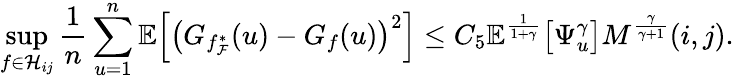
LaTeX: \operatorname*{sup}_{f\in\mathcal{H}_{ij}}\frac{1}{n}\sum_{u=1}^{n}\mathbb{E}\Big[\big(G_{f_{\mathcal{F}}^{*}}(u)-G_{f}(u)\big)^{2}\Big]\leq C_{5}\mathbb{E}^{\frac{1}{1+\gamma}}\big[\Psi_{u}^{\gamma}\big]M^{\frac{\gamma}{\gamma+1}}(i,j).